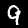
Digit: 9